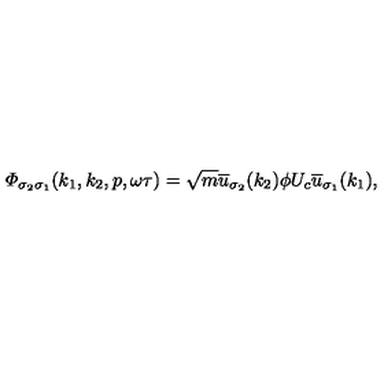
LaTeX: { \mit \Phi } _ { \sigma _ { 2 } \sigma _ { 1 } } ( k _ { 1 } , k _ { 2 } , p , \omega \tau ) = \sqrt { m } \overline { { u } } _ { \sigma _ { 2 } } ( k _ { 2 } ) \phi U _ { c } \overline { { u } } _ { \sigma _ { 1 } } ( k _ { 1 } ) ,